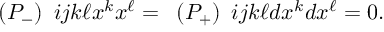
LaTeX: \begin{array} { l } { { ( P _ { - } ) } } \end{array} { i j } { k \ell } x ^ { k } x ^ { \ell } = \begin{array} { l } { { ( P _ { + } ) } } \end{array} { i j } { k \ell } d x ^ { k } d x ^ { \ell } = 0 .